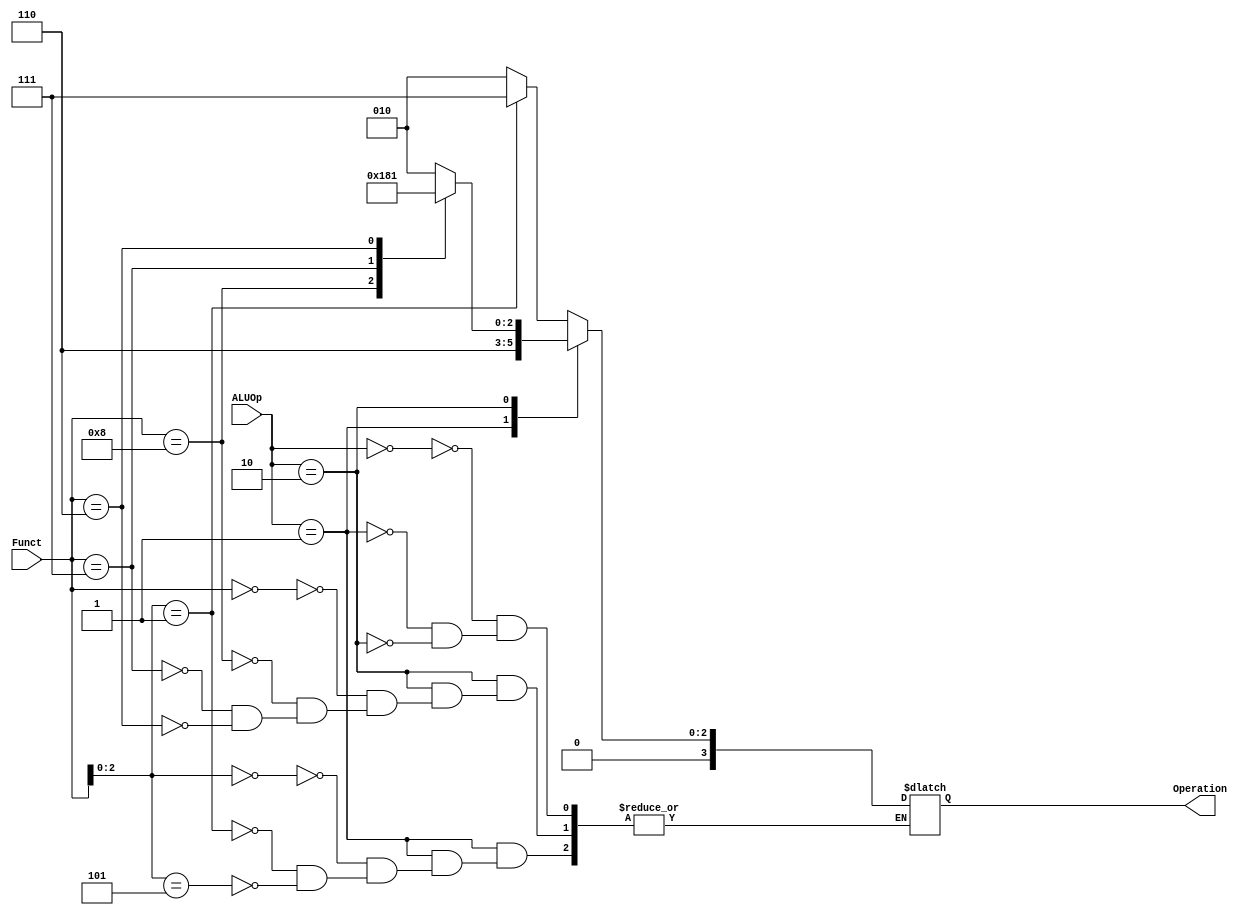
module ALU_Control
(
    input [1:0] ALUOp,
    input [3:0] Funct,
    output [3:0] Operation
);

reg [3:0] Op_reg;

always @(*) begin
    case (ALUOp)
        2'b00: begin
        case ({Funct[2:0]})
            3'b001: Op_reg = 4'b0111; // SLLI
            default: Op_reg = 4'b0010; // ADD etc.
        endcase
        end
    2'b01: begin
        case ({Funct[2:0]})
            3'b000: Op_reg = 4'b0110; // BEQ
            3'b001: Op_reg = 4'b0110; // BNE
            3'b101: Op_reg = 4'b0110; // BGE
        endcase
    end 
    
    2'b10: begin
        case (Funct)
            4'b0000: Op_reg = 4'b0010;
            4'b1000: Op_reg = 4'b0110; 
            4'b0111: Op_reg = 4'b0000;
            4'b0110: Op_reg = 4'b0001;
        endcase    
    end 
endcase
end

assign Operation = Op_reg;

endmodule